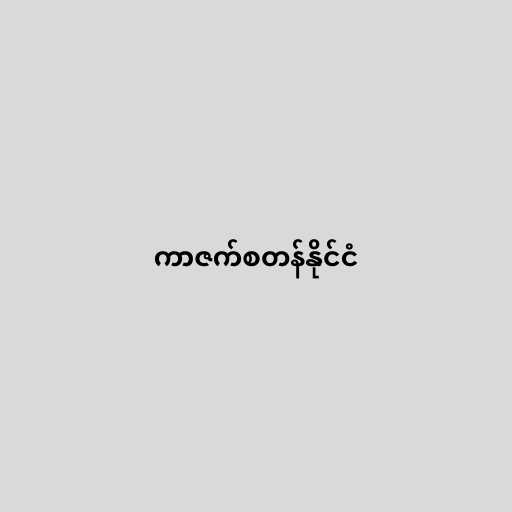
ကာဇက်စတန်နိုင်ငံ